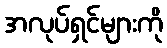
အလုပ်ရှင်များကို